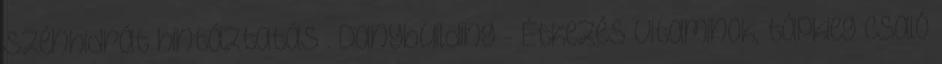
szénhidrát hintáztatás . Danybuilding - Étkezés vitaminok, tápkieg csaló